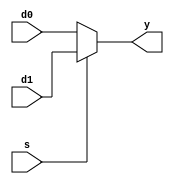
// 8-bit 2 to 1 multiplexer
module mux2_8bit(d0, d1, s, y);
    input [7:0] d0, d1;
    input s;
    output reg [7:0] y;

    always @(s, d0, d1) begin
        if (s == 0)
            y <= d0;
        else
            y <= d1;
    end
endmodule